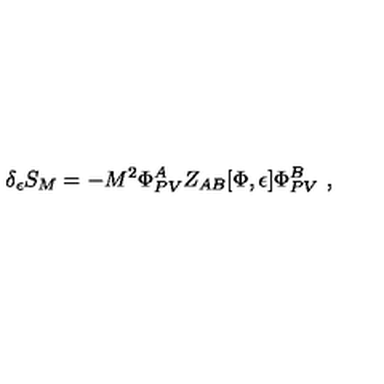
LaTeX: \delta _ { \epsilon } S _ { M } = - M ^ { 2 } \Phi _ { P V } ^ { A } Z _ { A B } [ \Phi , \epsilon ] \Phi _ { P V } ^ { B } \ ,